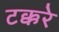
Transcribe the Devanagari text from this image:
टक्करे